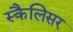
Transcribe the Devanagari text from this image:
स्कैलिसर